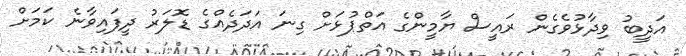
އަދީބު ވިދާޅުވެގެން ރައީސް ޔާމީންގެ އަތްޕުޅަށް ގިނަ އަދަދެއްގެ ޑޮލަރު ދީފައިވާނެ ކަމަށް